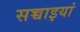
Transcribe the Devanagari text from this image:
सच्चाइयां